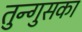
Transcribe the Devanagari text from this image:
तुन्गुसका